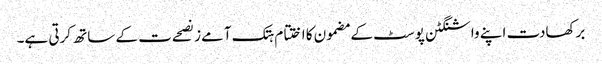
برکھادت اپنے واشنگٹن پوسٹ کے مضمون کا اختتام ہتک آمےز نصحےت کے ساتھ کرتی ہے۔